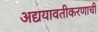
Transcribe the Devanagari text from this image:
अद्ययावतीकरणाची